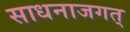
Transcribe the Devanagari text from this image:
साधनाजगत्